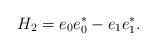
LaTeX: \begin{align*}H_{2}= e_0e_0^* - e_1e_1^*.\end{align*}